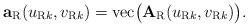
LaTeX: \begin{align*}\mathbf{a}_{\rm R}(u_{{\rm R}k}, v_{{\rm R}k})={\rm vec}\big(\mathbf{A}_{\rm R}(u_{{\rm R}k}, v_{{\rm R}k})\big).\end{align*}